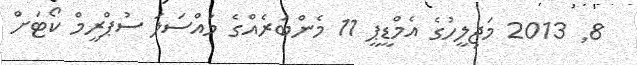
8